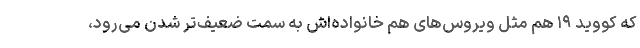
که کووید ۱۹ هم مثل ویروس‌های هم خانواده‌اش به سمت ضعیف‌تر شدن می‌رود،